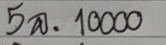
5 ล = 10000